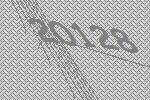
20128